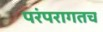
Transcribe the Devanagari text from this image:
परंपरागतच